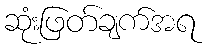
ဆုံးဖြတ်ချက်အရ